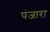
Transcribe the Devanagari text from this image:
पंजारा